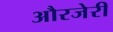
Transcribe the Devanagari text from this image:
औरजेरी